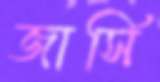
জার্সি